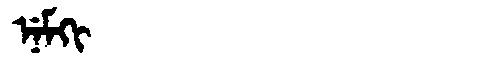
Manchu: ᠨᡝᠮᡴᡳ
Romanization: NEMKI